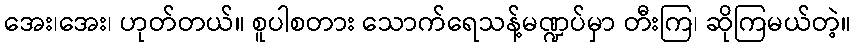
အေး၊အေး၊ ဟုတ်တယ်။ စူပါစတား သောက်ရေသန့်မဏ္ဍပ်မှာ တီးကြ၊ ဆိုကြမယ်တဲ့။